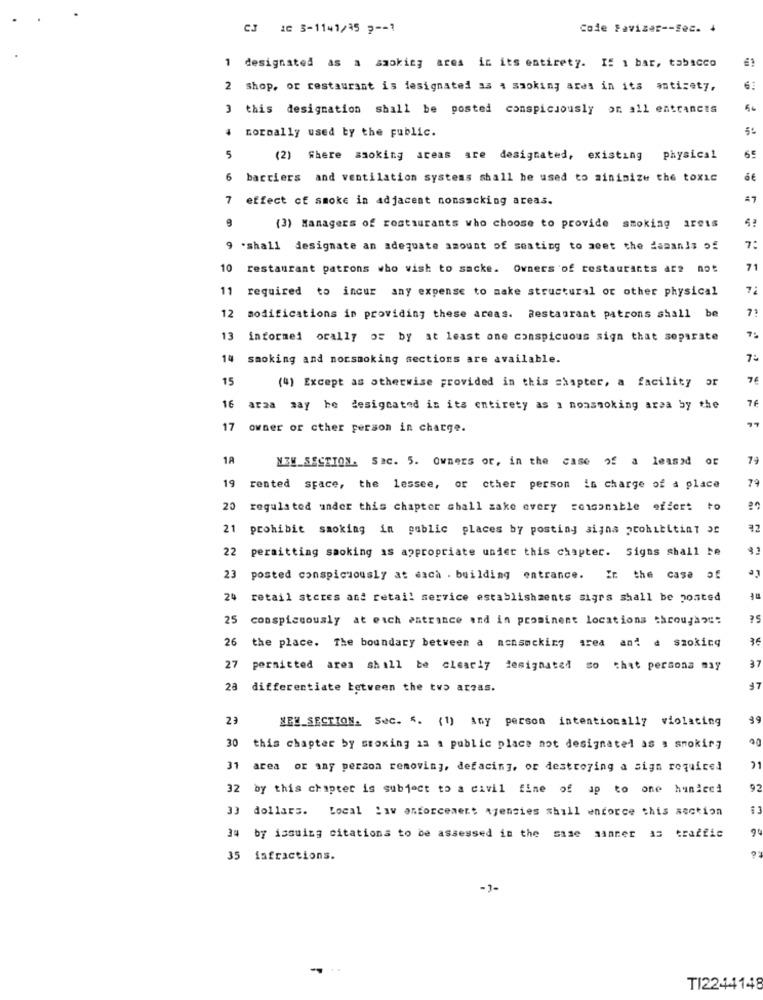
CJ 10 3-1141/15 p -- 1
Code Favizer -- Sec. 4
1 designated as a smoking area in its entirety. If 1 bar, tabacco
2 shop, or restaurant is designated as a smoking area in its antisety,
6:
3 this designation shall be posted conspicuously on all entrances
.
normally used by the public.
65
5
(2) Where smoking areas are designated, existing physical
6
barriers and ventilation systems shall he used to minimize the toxic
7 effect of smoke in adjacent nonsacking areas.
=7
(3) Managers of restaurants who choose to provide smoking 1reis
9 .shall designate an adequate amount of seating to meet the damands of
7:
10
restaurant patrons who wish to sacke. Owners of restaurants are not
71
11
required to incur any expense to make structural or other physical
71
12
modifications in providing these areas. Restaurant patrons shall be
13
informei orally os by at least one conspicuous sign that separate
14 smoking and norsmoking sections are available.
7:
15
(4) Except as otherwise provided in this chapter, a facility or
76
araa may be desigcated in its entirety as a nonsmoking area by the
17
owner or cther person in charge.
NEW_SECTION. Sac. 5. Owners or, in the case of a leased of
77
19
79
rented space, the lessee, or other person in charge of a place
20
regulated under this chapter shall zake every coisamible effort to
21
prohibit smoking in public places by posting signs prohibitint 3c
22
persitting smoking as appropriate under this chapter. Signs shall be
23
posted conspicuously at each . building entrance. In the case of
24
retail stores and retail service establishments sigrs shall be posted
S&
25
conspicuously at each entrance and in prominent locations throughzu:
26
36
the place. The boundary between a nonsacking area and a szokicq
27
permitted area shall be clearly designated so chat persona may
37
23
differentiate between the two arzas.
37
23
NEW_SECTION. Sec. 5. (1) any person intentionally violating
30
00
this chapter by smoking 1a : public place not designated as a smoking
21
31
area or any person removing, defacing, or destroying a sign required
32 by this chapter is subject to a civil fine of up to one hunicei
92
33 dollars. Local law enforcement Agencies shill enforce this section
34 by issuing citations to be assessed in the
sanner as traffic
35 infractions.
-3-
TI2244148